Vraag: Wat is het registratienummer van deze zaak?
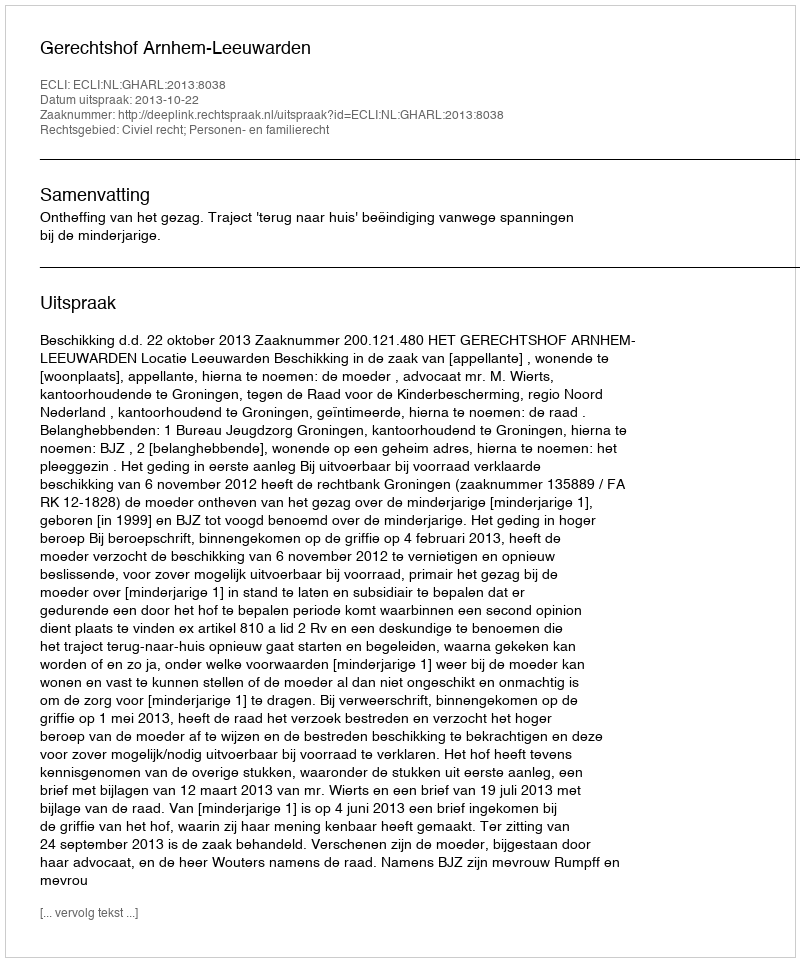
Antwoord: http://deeplink.rechtspraak.nl/uitspraak?id=ECLI:NL:GHARL:2013:8038